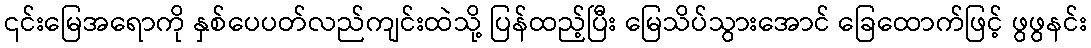
၎င်းမြေအရောကို နှစ်ပေပတ်လည်ကျင်းထဲသို့ ပြန်ထည့်ပြီး မြေသိပ်သွားအောင် ခြေထောက်ဖြင့် ဖွဖွနင်း